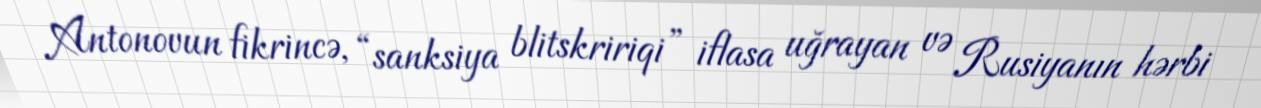
Antonovun fikrincə, “sanksiya blitskririqi” iflasa uğrayan və Rusiyanın hərbi